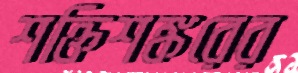
শক্তিশঙ্করের